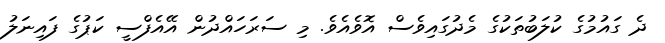
ދެ ގައުމުގެ ކުލަބުތަކުގެ މެދުގައިވެސް އޮވެއެވެ. މި ސަރަހައްދުން އޭއެފްސީ ކަޕުގެ ފައިނަލު